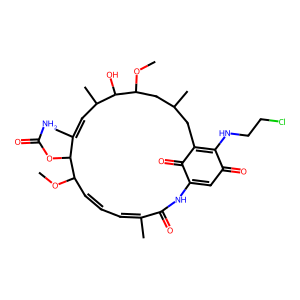
SMILES: COC1C=CC=C(C)C(=O)NC2=CC(=O)C(NCCCl)=C(CC(C)CC(OC)C(O)C(C)C=C(C)C1OC(N)=O)C2=O
Inhibits HIV replication: No